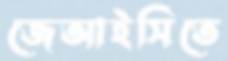
জেআইসিতে